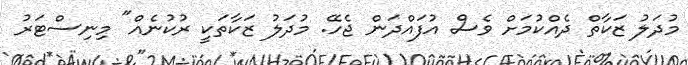
މުދަލު ޒަކާތް ދެއްކުމަށް ވެސް އުފައްދަން ޖެހޭ. މުދަލު ޒަކާތަކީ ރުކުނެއް" މިނިސްޓަރު